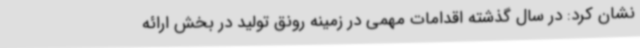
نشان کرد: در سال گذشته اقدامات مهمی در زمینه رونق تولید در بخش ارائه